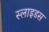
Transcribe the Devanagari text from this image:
स्‍लाइडस